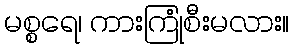
မစ္စရေ၊ ကားကြုံစီးမလား။